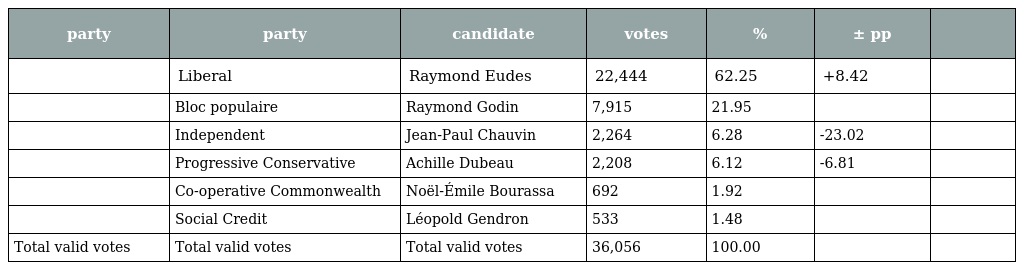
| party | party | candidate | votes | % | ± pp |  |
 | --- | --- | --- | --- | --- | --- | --- |
 |  | Liberal | Raymond Eudes | 22,444 | 62.25 | +8.42 |  |
 |  | Bloc populaire | Raymond Godin | 7,915 | 21.95 |  |  |
 |  | Independent | Jean-Paul Chauvin | 2,264 | 6.28 | -23.02 |  |
 |  | Progressive Conservative | Achille Dubeau | 2,208 | 6.12 | -6.81 |  |
 |  | Co-operative Commonwealth | Noël-Émile Bourassa | 692 | 1.92 |  |  |
 |  | Social Credit | Léopold Gendron | 533 | 1.48 |  |  |
 | Total valid votes | Total valid votes | Total valid votes | 36,056 | 100.00 |  |  |